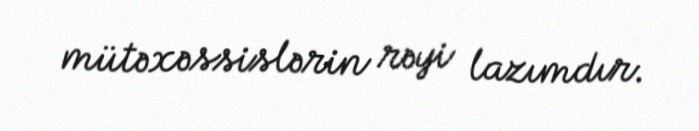
mütəxəssislərin rəyi lazımdır.